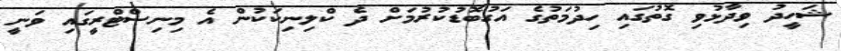
ޝަހީދު ވިދާޅުވި ގޮތުގައި ހިދުމަތުގެ އަގުބޮޑުކުރުމަށް ދެ ކްލިނިކަކުން އެ މިނިސްޓްރީގައި ވަނީ